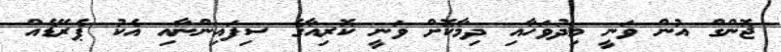
ޖޮންގް އުން ވަނީ މިދުވަހާއި ދިމާކޮށް ވަނީ ކޮރިއާގެ ސިފައިންނާއި އެކު ޕެރޭޑެއް